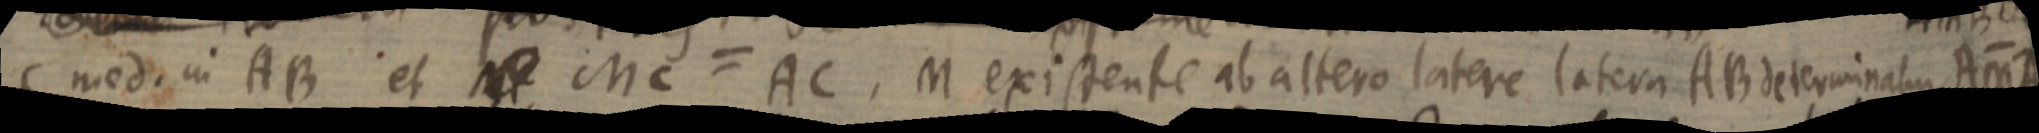
C med. in AB. et MC=AC. M existente ab altero latere latera AB determinatur AMB